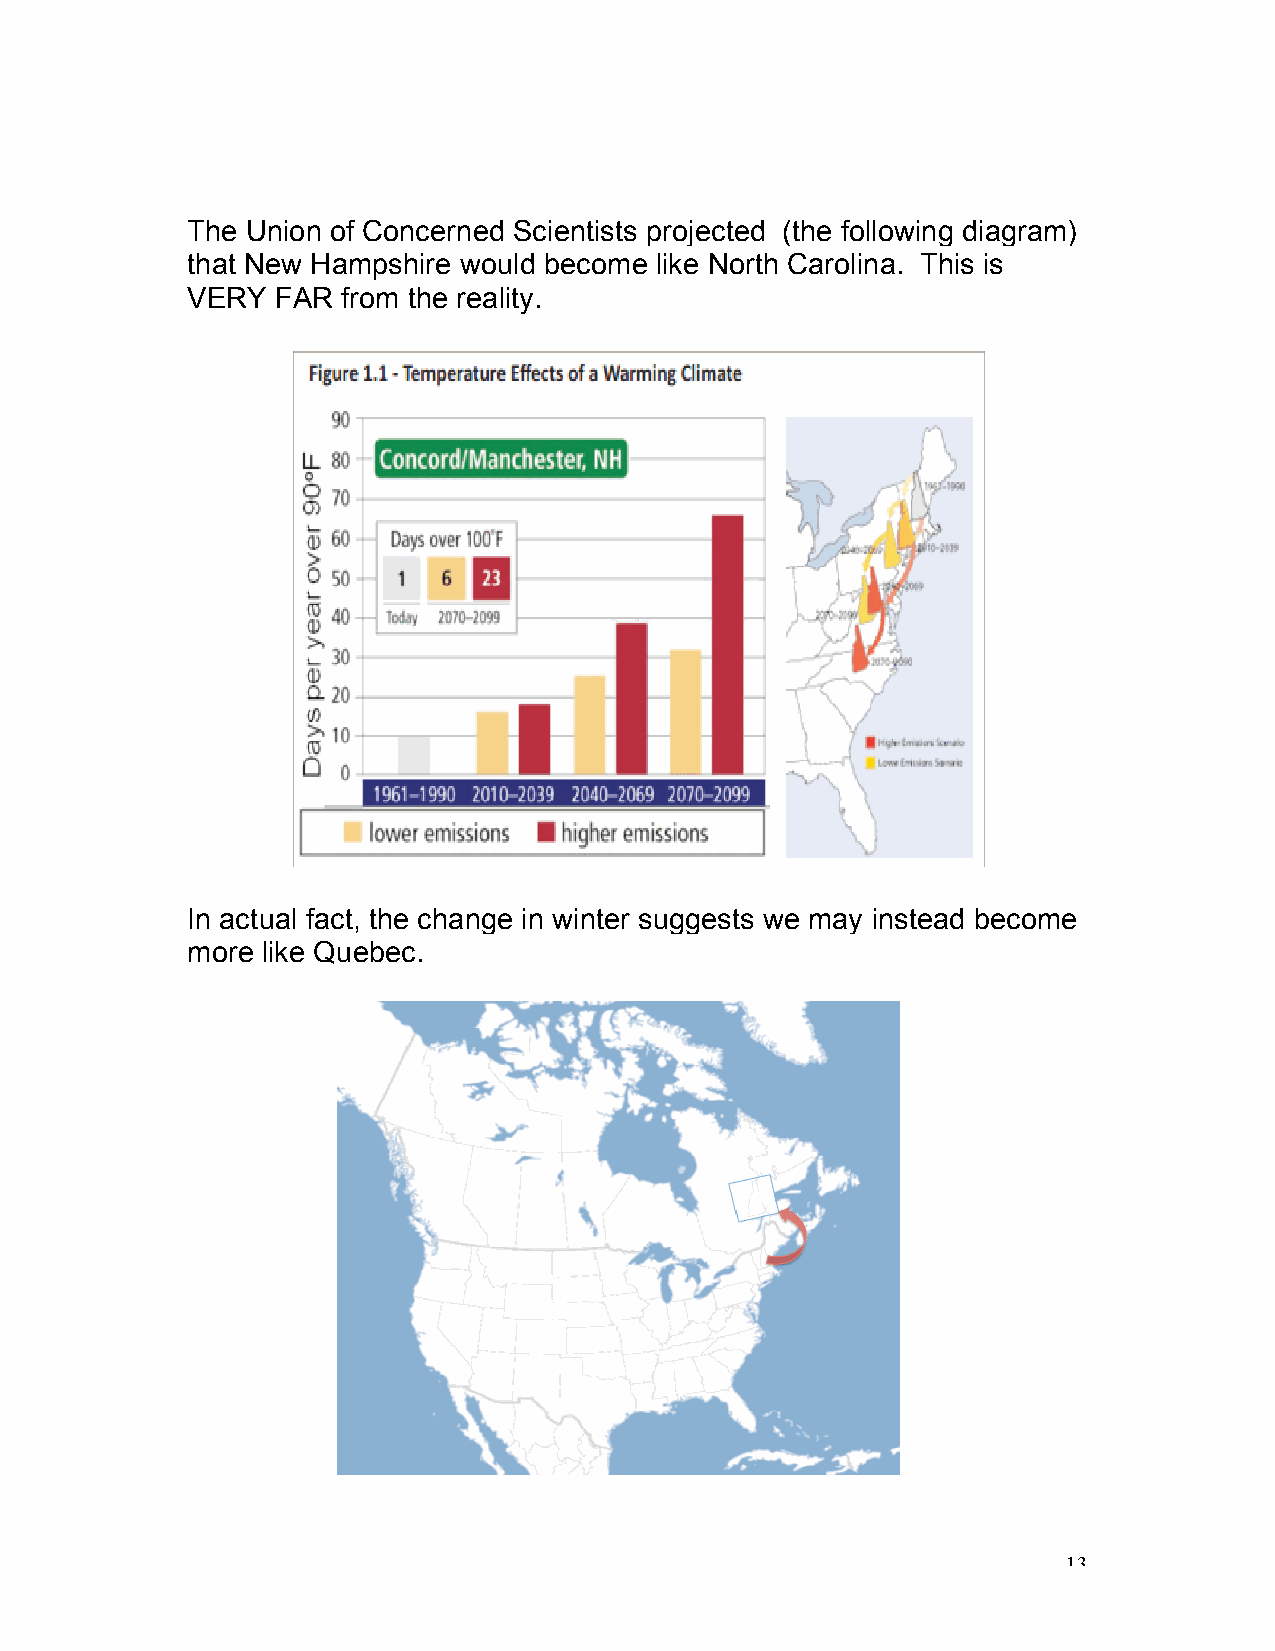
The Union of Concerned Scientists projected (the following diagram)
 that New Hampshire would become like North Carolina. This is
 VERY  FAR  from the reality.
 In actual fact, the change in winter suggests we may instead become
 more like Quebec.
 13